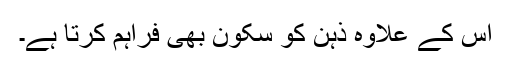
اس کے علاوہ ذہن کو سکون بھی فراہم کرتا ہے۔